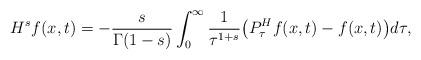
LaTeX: \begin{align*}H^s f(x,t) = - \frac{s}{\Gamma(1-s)} \int_0^\infty \frac{1}{\tau^{1+s}} \big(P^H_\tau f(x,t) - f(x,t)\big) d\tau,\end{align*}